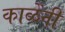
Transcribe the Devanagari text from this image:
काळेंनी